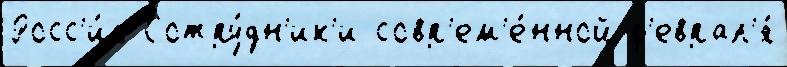
Росс'и́я Сотру́дн'ик'и совр'ем'е́нной ф'еврал'я́